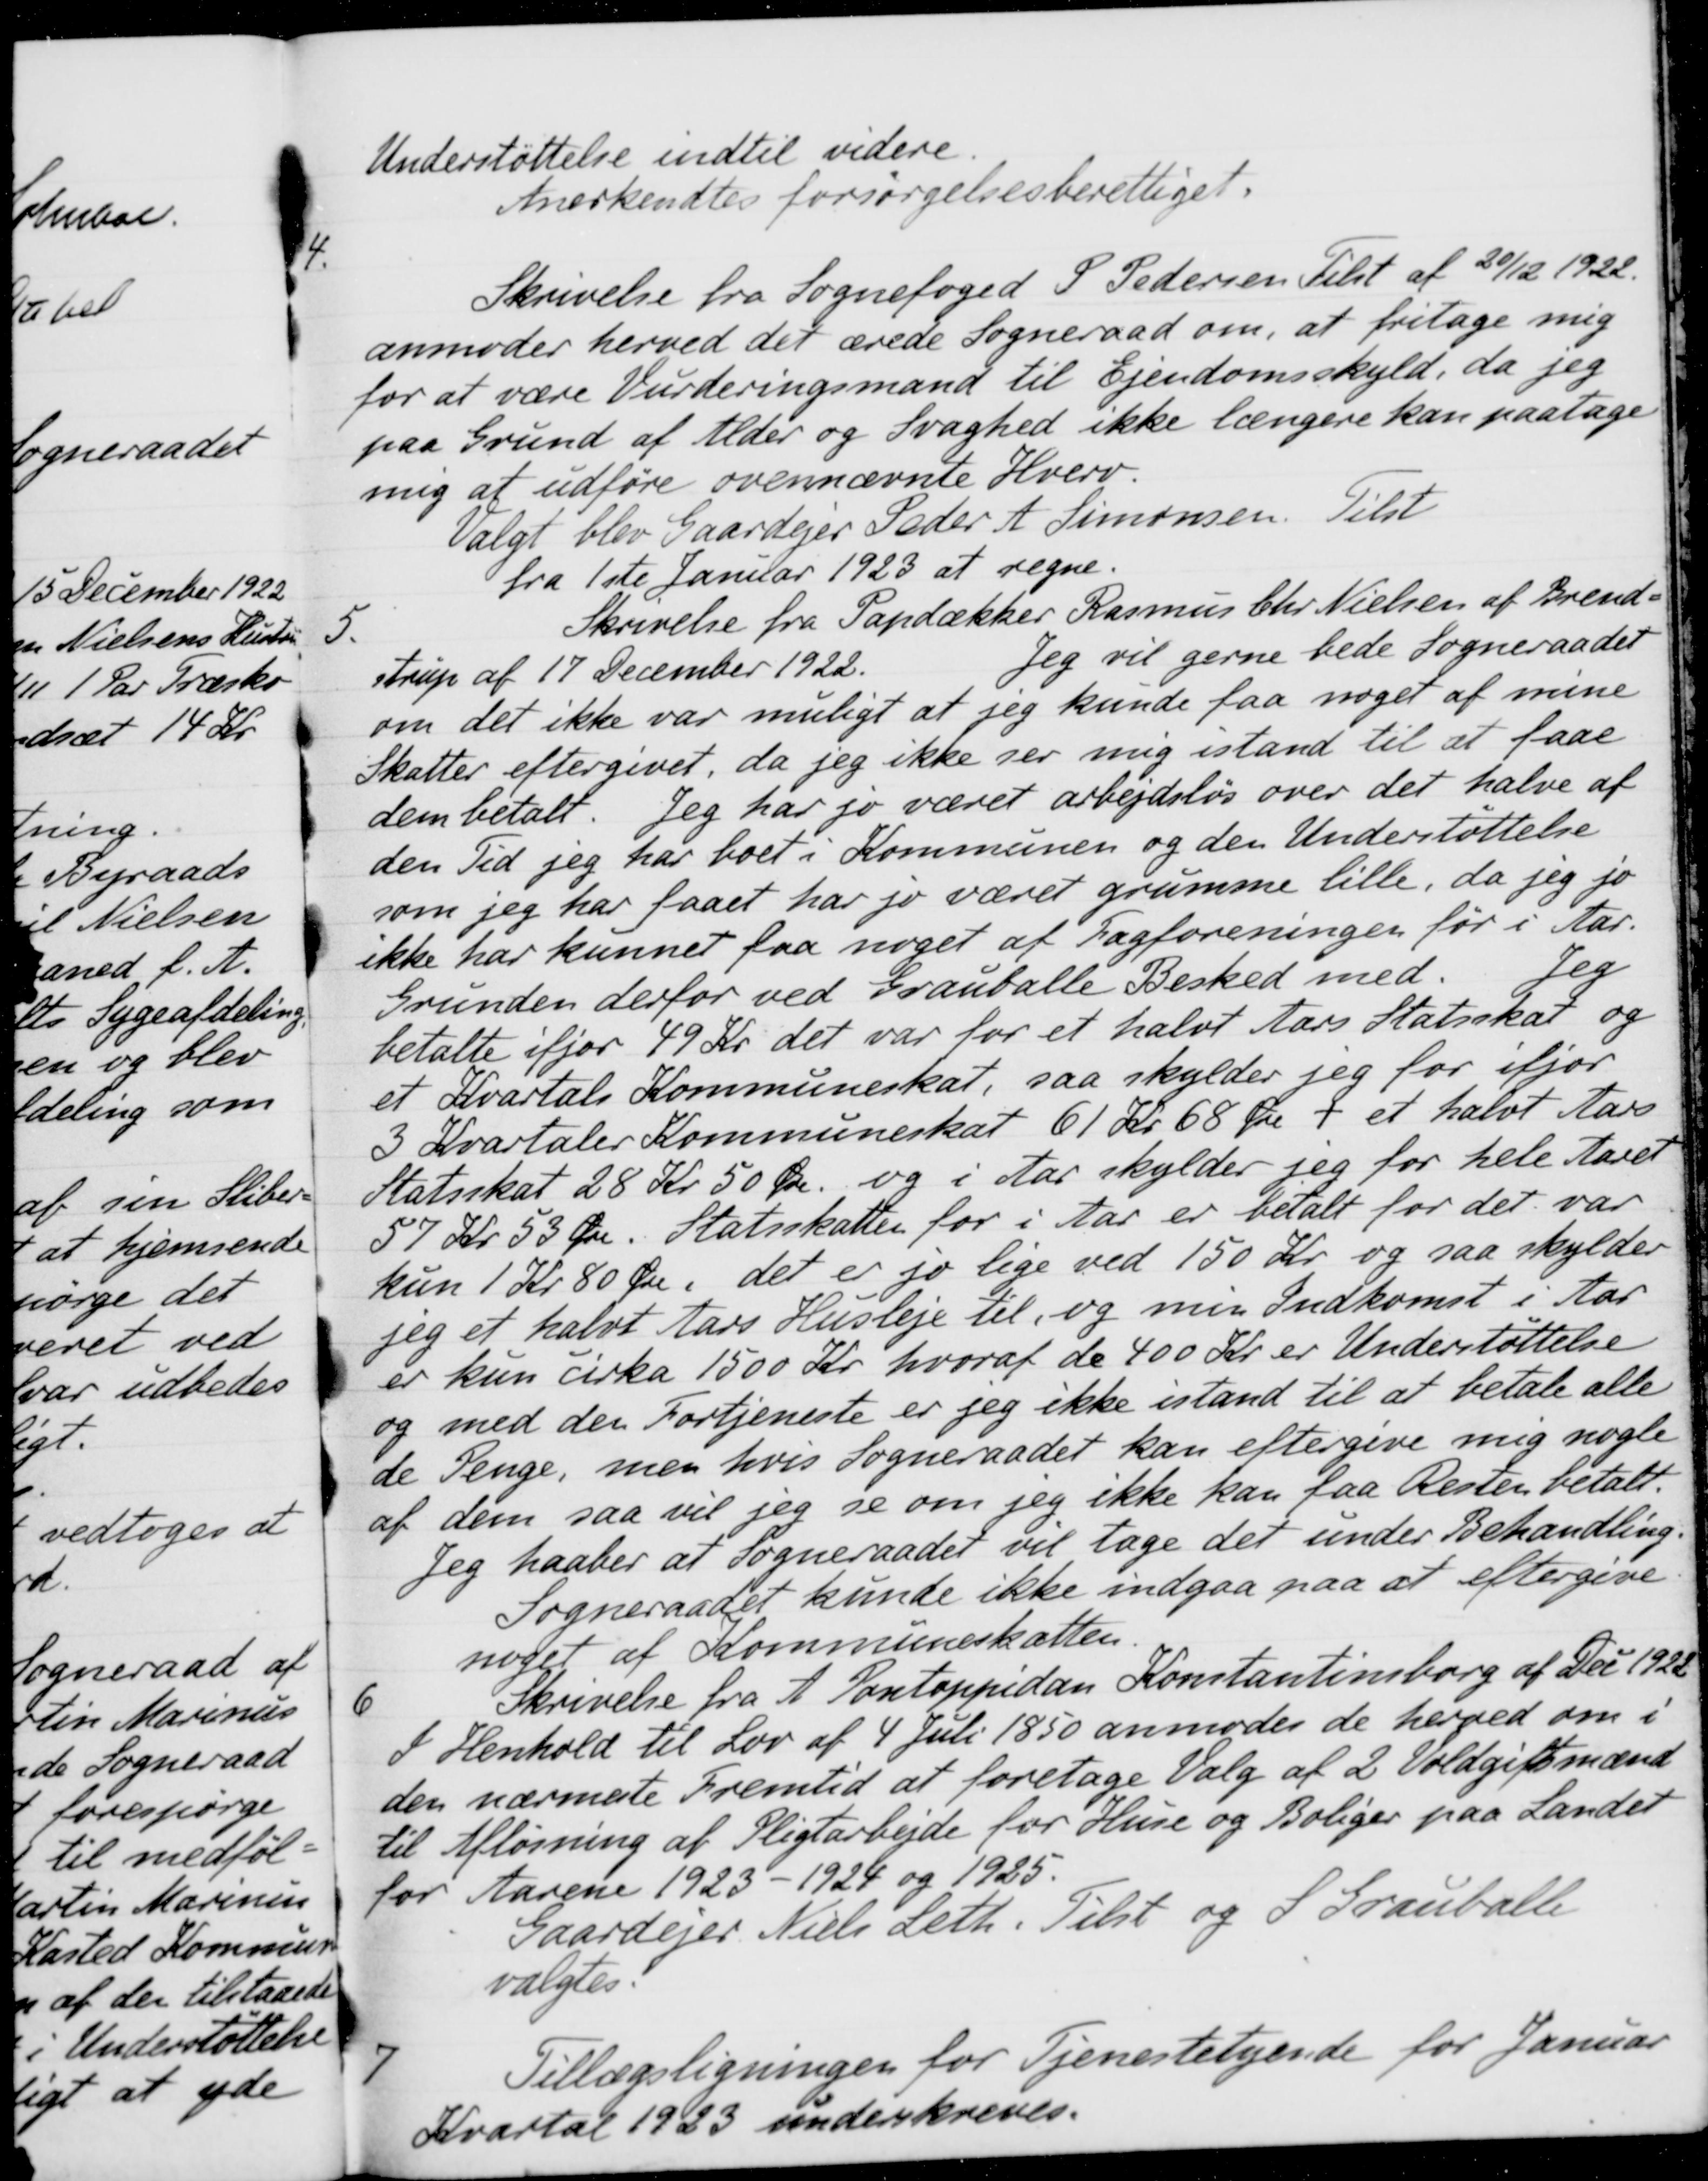
Transskription:
Understøttelse indtil videre.
Anerkendtes forsørgelsesberettiget.
4.
Skrivelse fra Sognefoged S. Pedersen Tilst af 30/12 1922.
anmoder herved det ærede Sogneraad om, at fritage mig
for at være Vurderingsmand til Ejendomsskyld, da jeg
paa Grund af Alder og Svaghed ikke længere kan paatage
mig at udføre ovennævnte Hverv.
Valgt blev Gaardejer Peder A. Simonsen. Tilst
fra 1ste Januar 1923 at regne.
5.
Skrivelse fra Papdækker Rasmus Chr Nielsen af Brend-
strup af 17 December 1922
Jeg vil gerne bede Sogneraadet
om det ikke var muligt at jeg kunde faa noget af mine
Skatter eftergivet, da jeg ikke ser mig istand til at faae
dem betalt. Jeg har jo været arbejdsløs over det halve af
den Tid jeg har boet i Kommunen og den Understøttelse
som jeg har faaet har jo været grumme lille, da jeg jo
ikke har kunnet faa noget af Fagforeningen før i Aar.
Grunden derfor ved Grauballe Besked med
Jeg
betalte ifjor 49 Kr det var for et halvt Aars Statsskat og
et Kvartals Kommuneskat, saa skylder jeg for ifjor
3 Kvartaler Kommuneskat 61 Kr 68 Øre + et halvt Aars
Statsskat 28 Kr 50 Øre og i Aar skylder jeg for hele Aaret
57 Kr 53 Øre. Statsskatten for i Aar er betalt for det var
kun 1 Kr 80 Øre, det er jo lige ved 150 Kr. og saa skylder
jeg et halvt Aars Husleje til og min Indkomst i Aar
er kun cirka 1500 Kr. hvoraf de 400 Kr. er Understøttelse
og med den Fortjeneste er jeg ikke istand til at betale alle
de Penge, men hvis Sogneraadet kan eftergive mig nogle
af dem saa vil sig se om jeg ikke kan faa Resten betalt.
Jeg haaber at Sogneraadet vil tage det under Behandling.
Sogneraadet kunde ikke indgaa paa at eftergive
noget af Kommuneskatten
6
Skrivelse fra A. Pontoppidan Kontantinsborg af Dec 1922
I Henhold til Lov af 4 Juli 1850 anmodes de herved om i
den nærmeste Fremtid at foretage Valg af 2 Voldgiftsmænd
til Afløsning af Pligtarbejde for Huse og Boliger paa Landet
for Aarene 1923 - 1924 og 1925.
Gaardejer Niels Leth. Tilst og S. Grauballe
valgtes.
7
Tillægsligningen for Tjenestetyende for Januar
Kvartal 1933 underskreves.